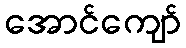
အောင်ကျော်